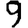
Digit: 9